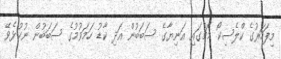
މިފަހަރުގެ ކްލެސިކޯ މެޗުގައި އަނިޔާގެ ސަބަބުން އަދި ކާޑު ހަމަވުމުގެ ސަބަބުން ނުކުޅެވޭ